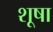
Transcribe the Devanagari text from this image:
शूषा